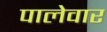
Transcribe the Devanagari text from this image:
पालेवार